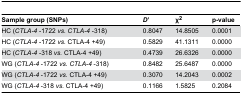
<table><thead><tr><td><b>Sample group (SNPs)</b></td><td><b><i>D</i>’</b></td><td><b>χ<sup>2</sup></b></td><td><b>p-value</b></td></tr></thead><tbody><tr><td>HC (<i>CTLA-4</i> -1722 <i>vs. CTLA-4</i> -318)</td><td>0.8047</td><td>14.8505</td><td>0.0001</td></tr><tr><td>HC (<i>CTLA-4</i> -1722 <i>vs.</i> CTLA-4 +49)</td><td>0.5829</td><td>41.1311</td><td>0.0000</td></tr><tr><td>HC (<i>CTLA-4</i> -318 <i>vs.</i> CTLA-4 +49)</td><td>0.4739</td><td>26.6326</td><td>0.0000</td></tr><tr><td>WG (<i>CTLA-4</i> -1722 <i>vs. CTLA-4</i> -318)</td><td>0.8482</td><td>25.6487</td><td>0.0000</td></tr><tr><td>WG (<i>CTLA-4</i> -1722 <i>vs.</i> CTLA-4 +49)</td><td>0.3070</td><td>14.2043</td><td>0.0002</td></tr><tr><td>WG (<i>CTLA-4</i> -318 <i>vs.</i> CTLA-4 +49)</td><td>0.1166</td><td>1.5825</td><td>0.2084</td></tr></tbody></table>